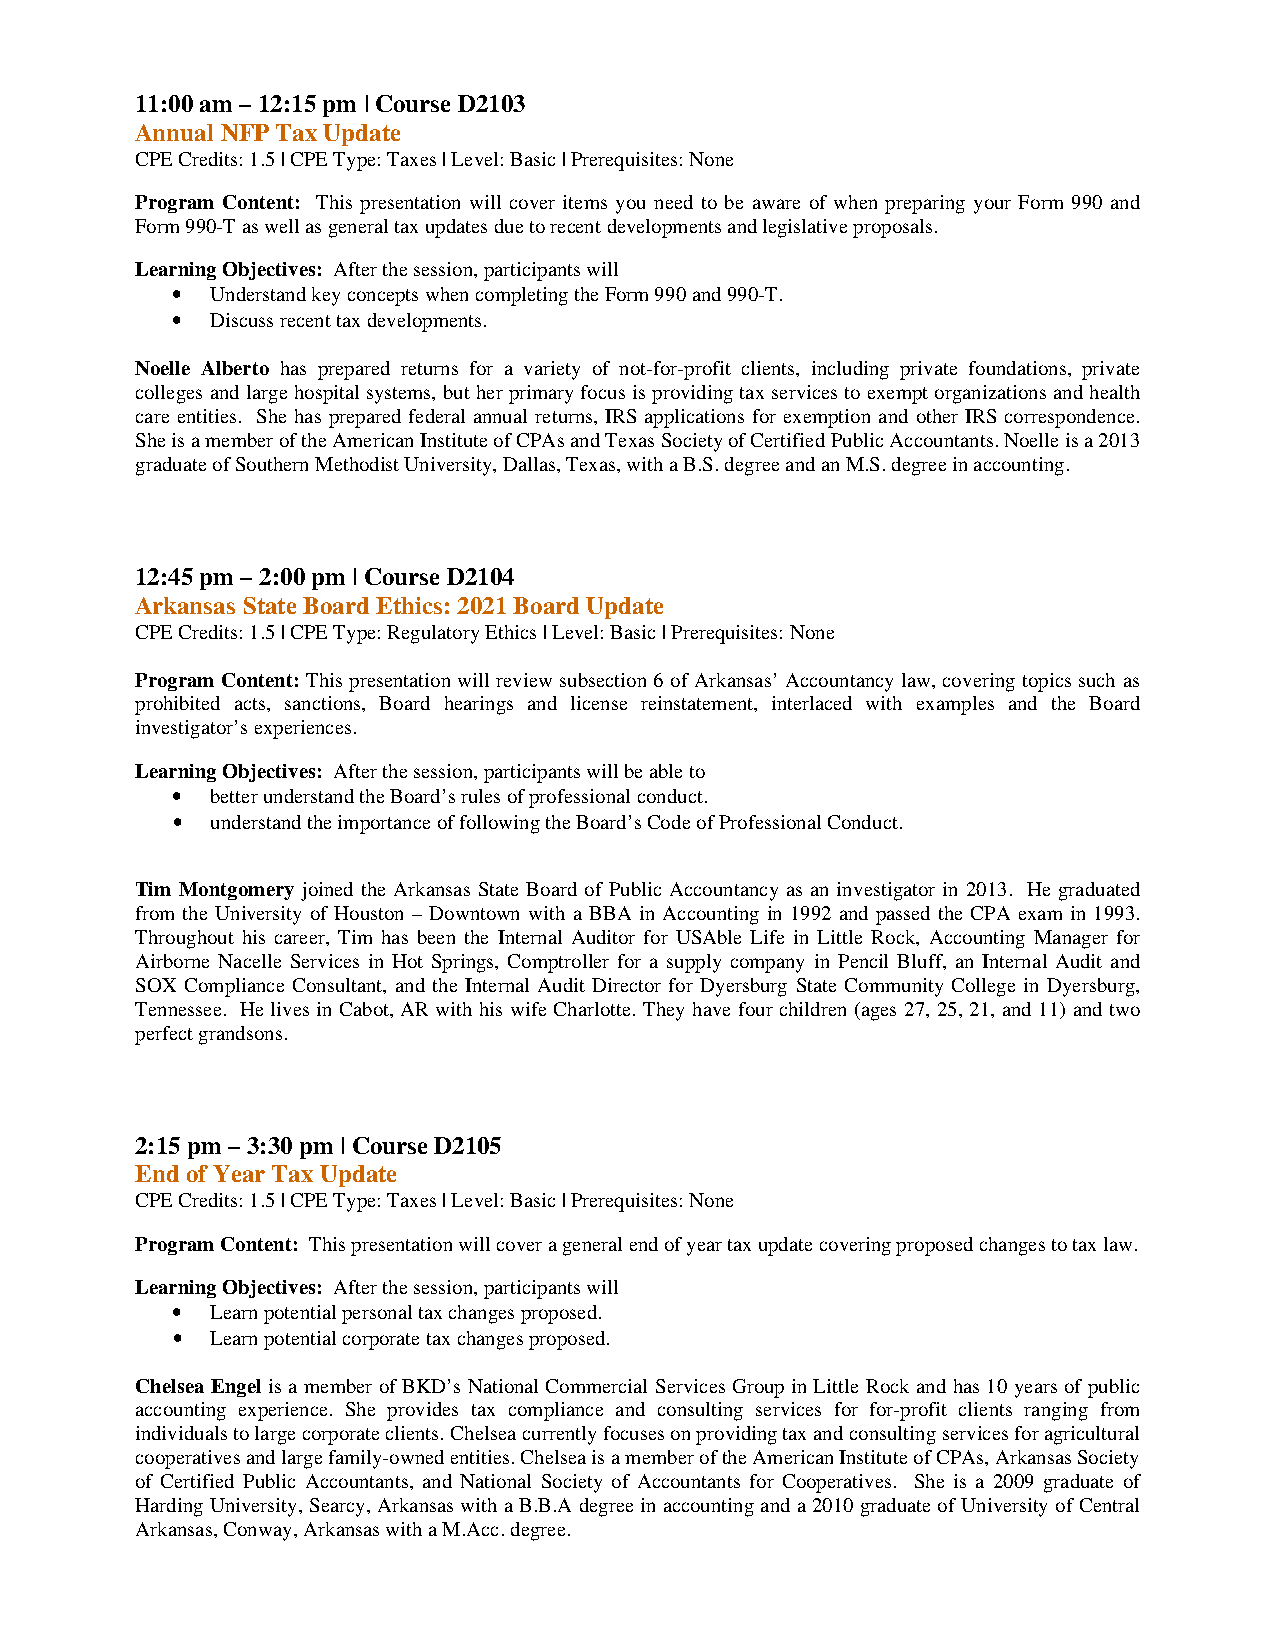
11:00 am – 12:15 pm | Course D2103
 Annual NFP Tax Update
 CPE Credits: 1.5 | CPE Type: Taxes | Level: Basic | Prerequisites: None
 Program Content: This presentation will cover items you need to be aware of when preparing your Form 990 and
 Form 990-T as well as general tax updates due to recent developments and legislative proposals.
 Learning Objectives: After the session, participants will
 •  Understand key concepts when completing the Form 990 and 990-T.
 •  Discuss recent tax developments.
 Noelle Alberto has prepared returns for a variety of not-for-profit clients, including private foundations, private
 colleges and large hospital systems, but her primary focus is providing tax services to exempt organizations and health
 care entities. She has prepared federal annual returns, IRS applications for exemption and other IRS correspondence.
 She is a member of the American Institute of CPAs and Texas Society of Certified Public Accountants. Noelle is a 2013
 graduate of Southern Methodist University, Dallas, Texas, with a B.S. degree and an M.S. degree in accounting.
 12:45 pm – 2:00 pm | Course D2104
 Arkansas State Board Ethics: 2021 Board Update
 CPE Credits: 1.5 | CPE Type: Regulatory Ethics | Level: Basic | Prerequisites: None
 Program Content: This presentation will review subsection 6 of Arkansas’ Accountancy law, covering topics such as
 prohibited acts, sanctions, Board hearings and license reinstatement, interlaced with examples and the Board
 investigator’s experiences.
 Learning Objectives: After the session, participants will be able to
 •  better understand the Board’s rules of professional conduct.
 •  understand the importance of following the Board’s Code of Professional Conduct.
 Tim Montgomery joined the Arkansas State Board of Public Accountancy as an investigator in 2013. He graduated
 from the University of Houston – Downtown with a BBA in Accounting in 1992 and passed the CPA exam in 1993.
 Throughout his career, Tim has been the Internal Auditor for USAble Life in Little Rock, Accounting Manager for
 Airborne Nacelle Services in Hot Springs, Comptroller for a supply company in Pencil Bluff, an Internal Audit and
 SOX Compliance Consultant, and the Internal Audit Director for Dyersburg State Community College in Dyersburg,
 Tennessee. He lives in Cabot, AR with his wife Charlotte. They have four children (ages 27, 25, 21, and 11) and two
 perfect grandsons.
 2:15 pm – 3:30 pm | Course D2105
 End of Year Tax Update
 CPE Credits: 1.5 | CPE Type: Taxes | Level: Basic | Prerequisites: None
 Program Content: This presentation will cover a general end of year tax update covering proposed changes to tax law.
 Learning Objectives: After the session, participants will
 •  Learn potential personal tax changes proposed.
 •  Learn potential corporate tax changes proposed.
 Chelsea Engel is a member of BKD’s National Commercial Services Group in Little Rock and has 10 years of public
 accounting experience. She provides tax compliance and consulting services for for-profit clients ranging from
 individuals to large corporate clients. Chelsea currently focuses on providing tax and consulting services for agricultural
 cooperatives and large family-owned entities. Chelsea is a member of the American Institute of CPAs, Arkansas Society
 of Certified Public Accountants, and National Society of Accountants for Cooperatives. She is a 2009 graduate of
 Harding University, Searcy, Arkansas with a B.B.A degree in accounting and a 2010 graduate of University of Central
 Arkansas, Conway, Arkansas with a M.Acc. degree.